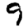
Digit: 9